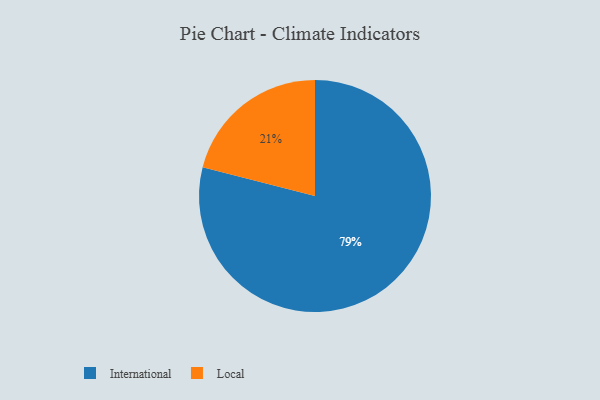
{"axis": {"x": "Category", "y": "Percentage"}, "legend": ["International", "Local"], "data": [{"x": "International", "y": 79, "type": "International"}, {"x": "Local", "y": 21, "type": "Local"}]}